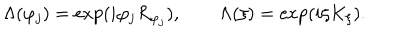
LaTeX: \Lambda ( \varphi _ { j } ) = \exp ( i \varphi _ { j } R _ { \varphi _ { j } } ) , \qquad \Lambda ( \xi ) = \exp ( i \xi K _ { \xi } ) .